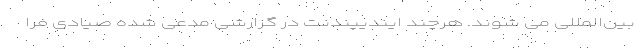
بین‌المللی می شوند. هرچند ایندیپندنت در گزارشی مدعی شده صیادی فرا